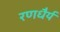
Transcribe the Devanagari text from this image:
रणधैर्य